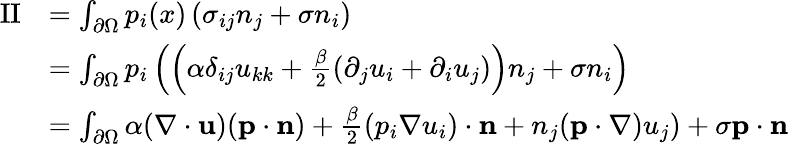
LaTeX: \begin{array}{rl}{\mathrm{II}}&{=\int_{\partial\Omega}p_{i}(x)\left(\sigma_{ij}n_{j}+\sigma n_{i}\right)}\\ &{=\int_{\partial\Omega}p_{i}\left(\left(\alpha\delta_{ij}u_{kk}+\frac{\beta}{2}(\partial_{j}u_{i}+\partial_{i}u_{j})\right)n_{j}+\sigma n_{i}\right)}\\ &{=\int_{\partial\Omega}\alpha(\nabla\cdot\mathbf{u})(\mathbf{p}\cdot\mathbf{n})+\frac{\beta}{2}(p_{i}\nabla u_{i})\cdot\mathbf{n}+n_{j}(\mathbf{p}\cdot\nabla)u_{j})+\sigma\mathbf{p}\cdot\mathbf{n}}\end{array}